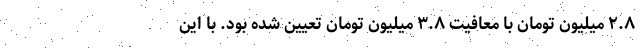
۲.۸ میلیون تومان با معافیت ۳.۸ میلیون تومان تعیین شده بود. با این